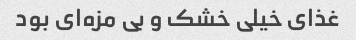
غذای خیلی خشک و بی مزه‌ای بود